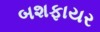
બશફાયર